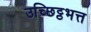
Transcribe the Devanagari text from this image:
उच्छिट्ठभत्त